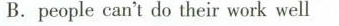
B.people can't do their work well